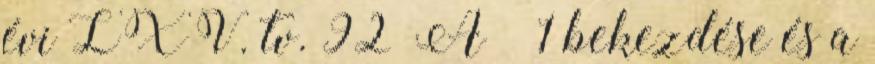
évi LXV. tv. 92 A § 1 bekezdése és a